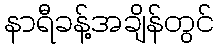
နာရီခန့်အချိန်တွင်